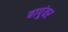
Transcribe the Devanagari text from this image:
बापूंवर